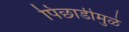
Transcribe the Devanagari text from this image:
पिछाडीमुळे